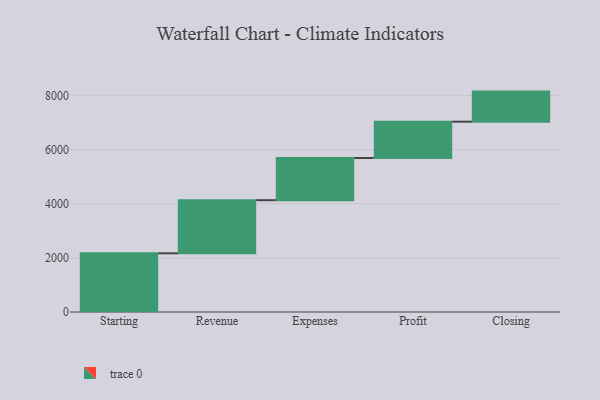
{"axis": {"x": "Step", "y": "Value"}, "legend": [""], "data": [{"x": "Starting", "y": 2168.0, "type": ""}, {"x": "Revenue", "y": 1961.0, "type": ""}, {"x": "Expenses", "y": 1558.0, "type": ""}, {"x": "Profit", "y": 1342.0, "type": ""}, {"x": "Closing", "y": 1110.0, "type": ""}]}